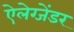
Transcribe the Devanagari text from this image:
ऐलेग्जेंडर